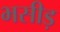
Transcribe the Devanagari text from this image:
भसीड़